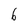
Character: 6